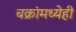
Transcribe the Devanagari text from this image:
चक्रांमध्येही